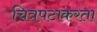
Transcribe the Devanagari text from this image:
चित्रपटाकरता